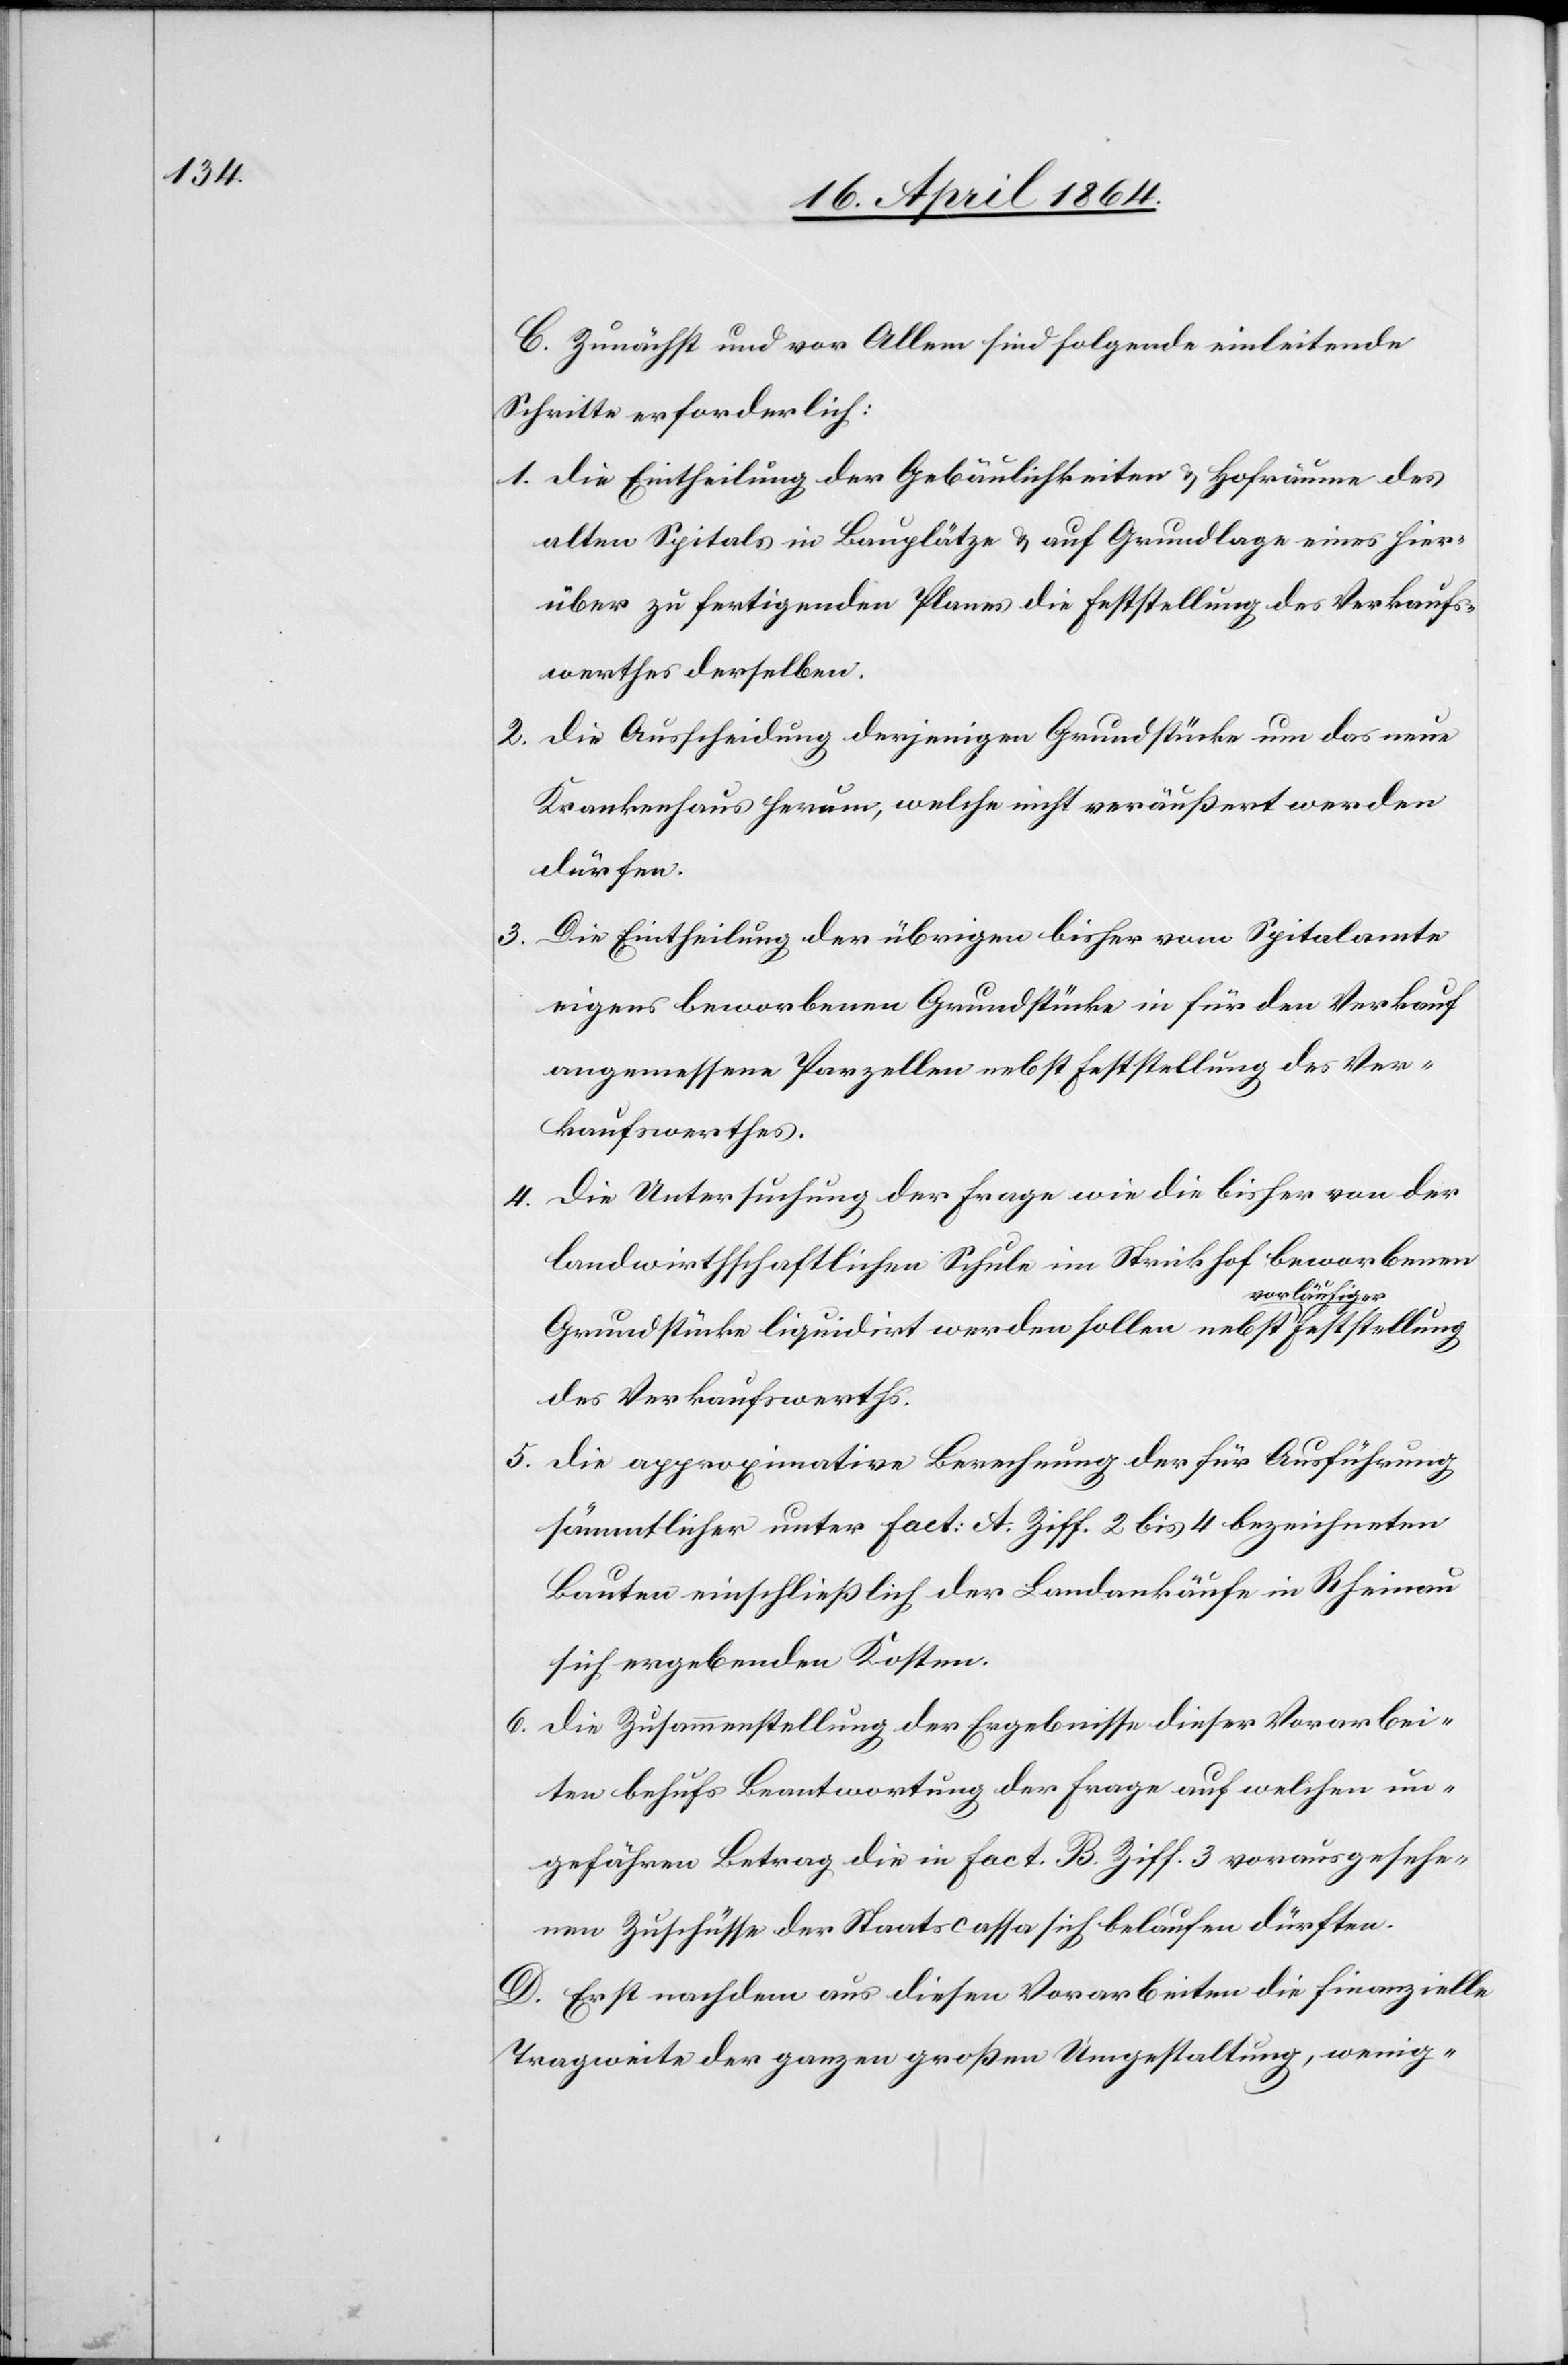
C. Zunächst und vor Allem sind folgende einleitende
Schritte erforderlich:
1. Die Eintheilung der Gebäulichkeiten u. Hofräume des
alten Spitals in Bauplätze u. auf Grundlage eines hier¬
über zu fertigenden Planes die Feststellung des Verkaufs¬
werthes derselben.
2. Die Ausscheidung derjenigen Grundstücke um das neue
Krankenhaus herum, welche nicht veräußert werden
dürfen.
3. Die Eintheilung der übrigen bisher vom Spitalamte
eigens beworbenen Grundstücke in für den Verkauf
angemessene Parzellen nebst Feststellung des Ver¬
kaufswerthes.
4. Die Untersuchung der Frage wie die bisher von der
landwirthschaftlichen Schule im Strickhof beworbenen
Grundstücke liquidirt werden sollen nebst a-vorläufiger-a
des Verkaufswerths.
5. Die approximative Berechnung der für Ausführung
sämmtlicher unter Fact: A. Ziff. 2 bis 4 bezeichneten
Bauten einschließlich der Landankäufe in Rheinau
sich ergebenden Kosten.
6. Die Zusammenstellung der Ergebnisse dieser Vorarbei¬
ten behufs Beantwortung der Frage auf welchen un¬
gefähren Betrag die in Fact. B. Ziff. 3 vorausgesehe¬
nen Zuschüsse der Staatscassa sich belaufen dürften.
D. Erst nachdem aus diesen Vorarbeiten die finanzielle
Tragweite der ganzen großen Umgestaltung, wenig-